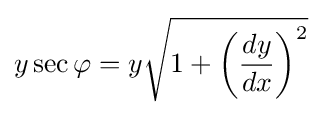
y\sec \varphi =y{\sqrt {1+\left({\frac {dy}{dx}}\right)^{2}}}